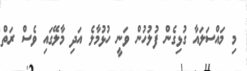
މި މައްސަލައާ ގުޅިގެން ފުލުހުން ވަނީ ހުޅުމާލެ އަދި މާލޭގައި ވެސް ރަތް